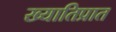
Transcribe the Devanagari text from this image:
ख्यातिप्रात